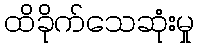
ထိခိုက်သေဆုံးမှု